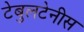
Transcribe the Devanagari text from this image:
टेबुलटेनीस